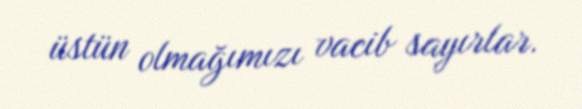
üstün olmağımızı vacib sayırlar.